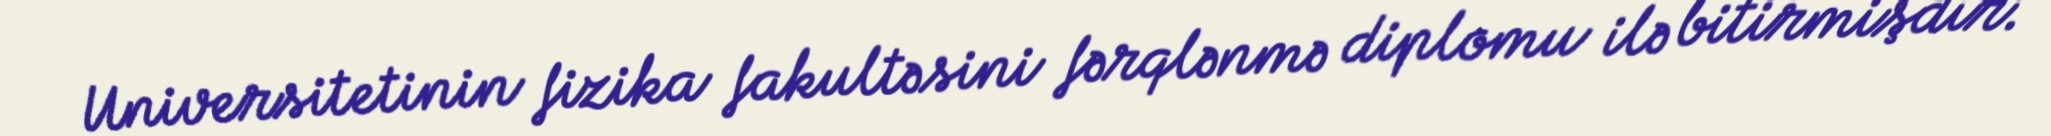
Universitetinin fizika fakultəsini fərqlənmə diplomu ilə bitirmişdir.